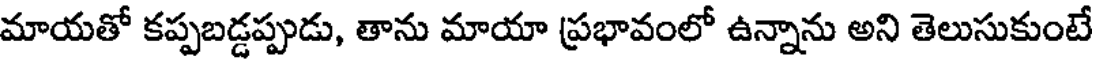
మాయతో కప్పబడ్డప్పుడు, తాను మాయా ప్రభావంలో ఉన్నాను అని తెలుసుకుంటే